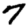
Digit: 7